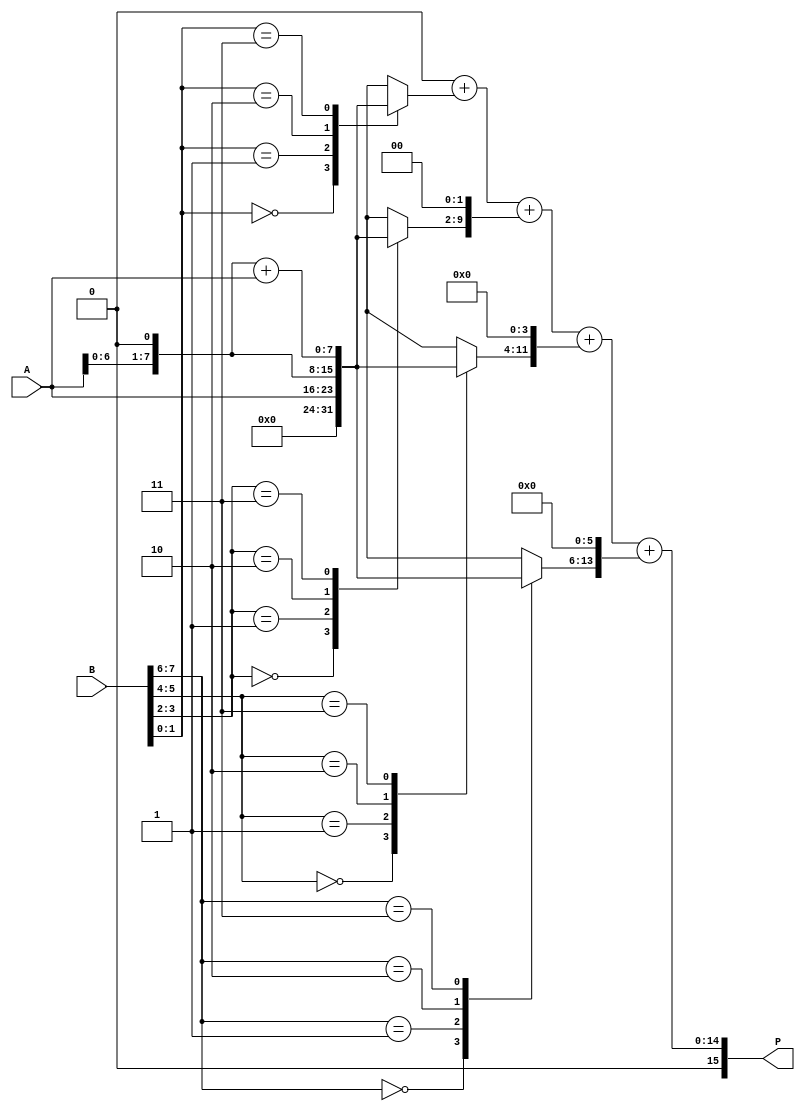
module Radix4Multiplier #(parameter N = 8) (
    input  wire [N-1:0] A,   // Multiplicand
    input  wire [N-1:0] B,   // Multiplier
    output reg  [2*N-1:0] P  // Product
);
    
    reg [N-1:0] P0, P1, P2, P3; // Partial products
    reg [N-1:0] A_shifted;      // Shifted A for the computation
    reg [N:0] B_reg;            // Extended B for processing pairs of bits
    integer i;

    // Initialize the product
    always @(*) begin
        P = 0; // Clear product before calculation
        B_reg = {1'b0, B}; // Extend B for easier processing
        
        // Generate partial products based on Radix-4 Booth's algorithm
        for (i = 0; i < N; i = i + 2) begin
            case (B_reg[i+1:i])
                2'b00: begin
                    // Partial product P0 -> 0
                    P0 = 0;
                end
                2'b01: begin
                    // Partial product P1 -> A
                    P0 = A;
                end
                2'b10: begin
                    // Partial product P2 -> A shifted left by 1 (A << 1)
                    P0 = A << 1;
                end
                2'b11: begin
                    // Partial product P3 -> A shifted left by 1 plus A (A << 1) + A
                    P0 = (A << 1) + A;
                end
                default: begin
                    P0 = 0; // Should not reach here
                end
            endcase
            
            // Shift partial product P0 and accumulate
            P = P + (P0 << i); 
        end
    end

endmodule